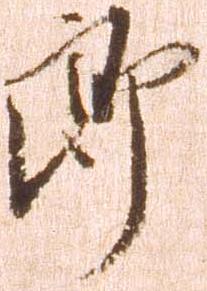
郎